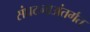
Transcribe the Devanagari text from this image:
संघटनाअंतर्गत